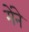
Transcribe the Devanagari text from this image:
मेंने